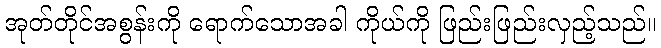
အုတ်တိုင်အစွန်းကို ရောက်သောအခါ ကိုယ်ကို ဖြည်းဖြည်းလှည့်သည်။